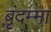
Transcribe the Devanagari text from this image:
बृंदम्मा